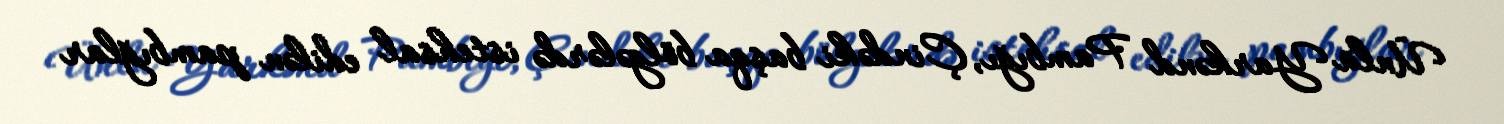
Ünlü Yarkənd Pambığı, Çindəki başqa bölgələrdə istehsal edilən pambığlar